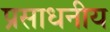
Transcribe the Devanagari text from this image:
प्रसाधनीय